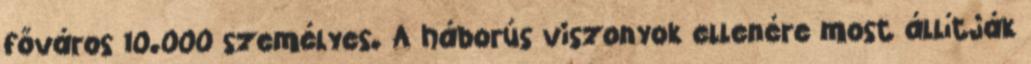
főváros 10.000 személyes. A háborús viszonyok ellenére most állítják